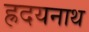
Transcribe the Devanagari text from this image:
ह्रदयनाथ